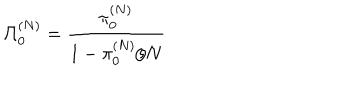
\Pi _ { 0 } ^ { ( N ) } = \frac { \pi _ { 0 } ^ { ( N ) } } { 1 - \pi _ { 0 } ^ { ( N ) } / N }